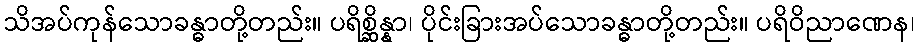
သိအပ်ကုန်သောခန္ဓာတို့တည်း။ ပရိစ္ဆိန္နာ၊ ပိုင်းခြားအပ်သောခန္ဓာတို့တည်း။ ပရိဝိညာဏေန၊